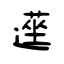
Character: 遳